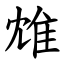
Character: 䧵